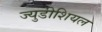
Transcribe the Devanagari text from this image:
ज्युडीशियल